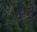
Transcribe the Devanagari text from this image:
काय्काय